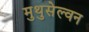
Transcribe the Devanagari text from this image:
मुथुसेल्वन